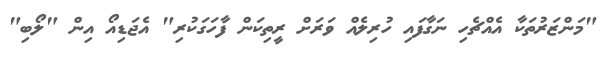
"މަންޒަރުތަކާ އެއްޗެހި ނަގާފައި ހުރިލެއް ވަރަށް ރީތިކަން ފާހަގަކުރި" އެޖަޑިއޯ އިން "ލޯބި"